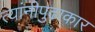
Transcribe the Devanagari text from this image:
त्यांनीपुढाकार